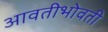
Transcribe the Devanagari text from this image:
आवतीभोवती